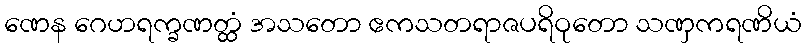
ဏေန ဂေဟရက္ခဏတ္ထံ အသတော ဧကသတရာဇပရိဝုတော သဏှကရဏိယံ